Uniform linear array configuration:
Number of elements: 24
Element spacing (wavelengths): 0.5
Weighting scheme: uniform
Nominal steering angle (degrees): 30
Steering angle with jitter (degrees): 30.746
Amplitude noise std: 0.05
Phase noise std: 0.05

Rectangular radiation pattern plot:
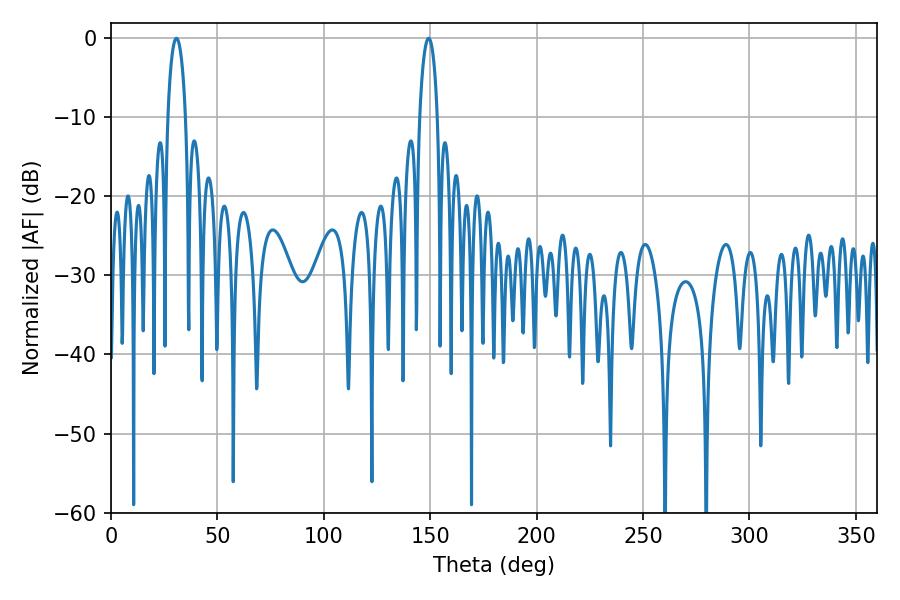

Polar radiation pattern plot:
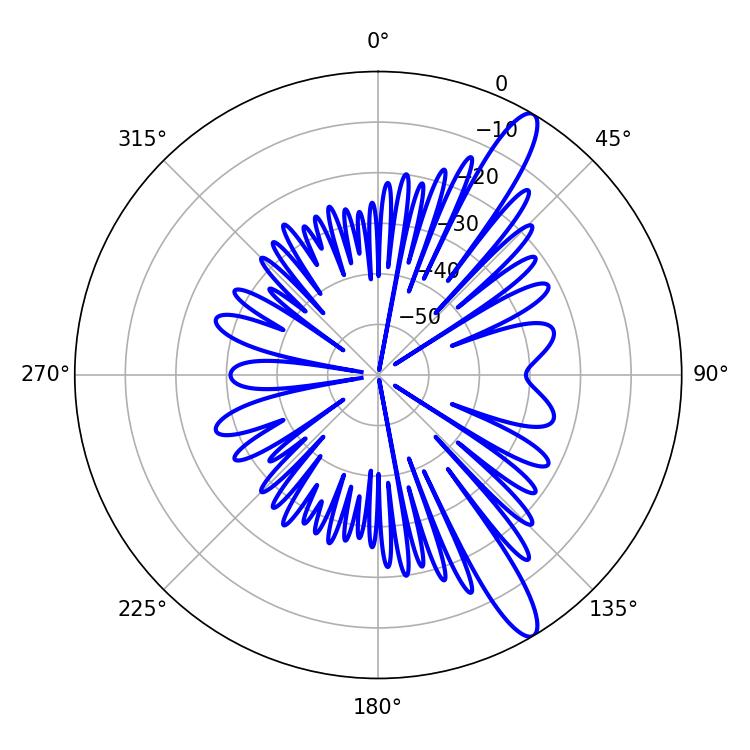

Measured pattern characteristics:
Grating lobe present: FALSE
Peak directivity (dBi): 13.076
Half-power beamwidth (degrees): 4.68
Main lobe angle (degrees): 30.78